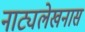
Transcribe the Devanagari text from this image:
नाट्यलेखनास